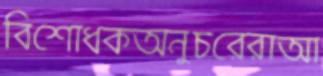
বিশোধকঅনুচরেরাআ